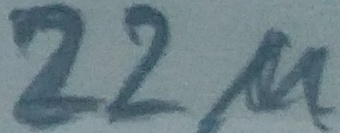
Text: 22µ